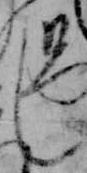
し